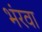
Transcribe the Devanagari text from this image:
भंरवा